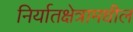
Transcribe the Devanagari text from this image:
निर्यातक्षेत्रामधील